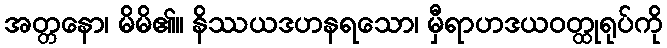
အတ္တနော၊ မိမိ၏။ နိဿယဒဟနရသော၊ မှီရာဟဒယဝတ္ထုရုပ်ကို